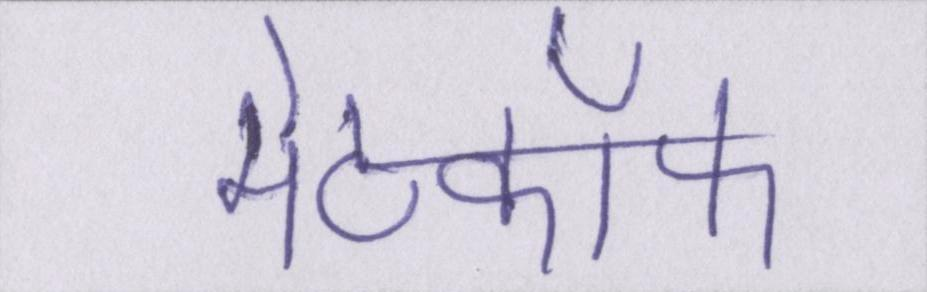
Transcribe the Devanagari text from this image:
मेटकॉफ